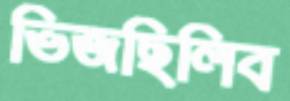
ভিজছিলিব